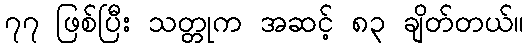
၇၇ ဖြစ်ပြီး သတ္တုက အဆင့် ၈၃ ချိတ်တယ်။